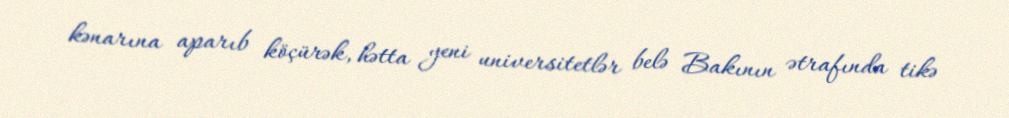
kənarına aparıb köçürək, hətta yeni universitetlər belə Bakının ətrafında tikə